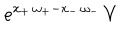
LaTeX: e ^ { x _ { + } \, \omega _ { + } - x _ { - } \, \omega _ { - } } \, V